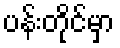
ပန်းတိုင်မှာ